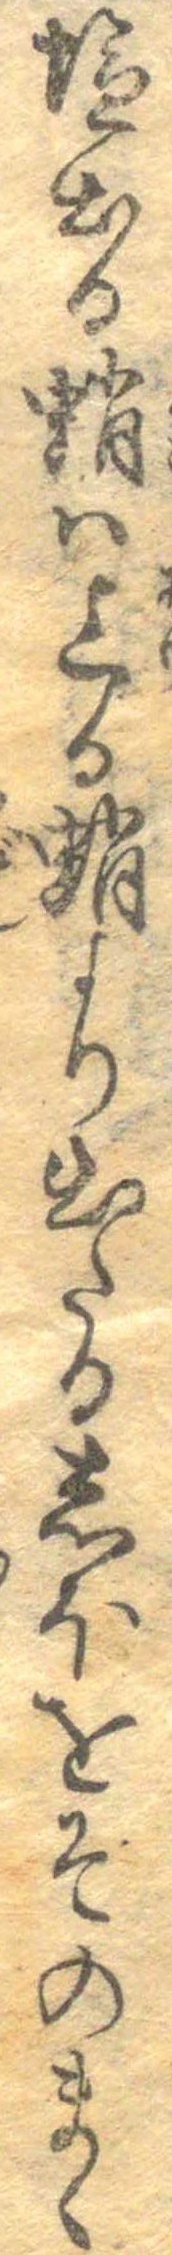
塩出る蛸は上る蛸より出たるしほをそのまゝ